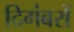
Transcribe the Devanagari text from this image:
दिगंबरों